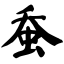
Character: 蚕